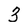
Character: 3